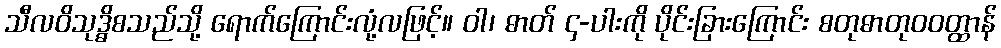
သီလဝိသုဒ္ဓိစသည်သို့ ရောက်ကြောင်းလုံ့လဖြင့်။ ဝါ၊ ဓာတ် ၄-ပါးကို ပိုင်းခြားကြောင်း စတုဓာတုဝဝတ္ထာန်